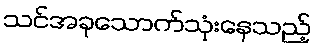
သင်အခုသောက်သုံးနေသည့်